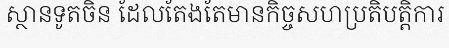
ស្ថានទូតចិន ដែលតែងតែមានកិច្ចសហប្រតិបត្តិការ